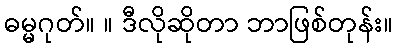
ဓမ္မဂုတ်။ ။ ဒီလိုဆိုတာ ဘာဖြစ်တုန်း။